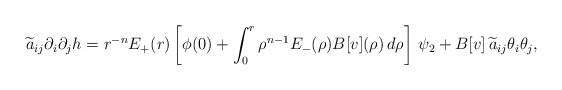
\begin{align*}\widetilde a_{ij}\partial_i\partial_j h=r^{-n}E_+(r)\left[\phi(0)+\int_0^r \rho^{n-1}E_-(\rho) B[v](\rho)\,d\rho\right]\,\psi_2 +B[v]\,\widetilde a_{ij}\theta_i\theta_j,\end{align*}